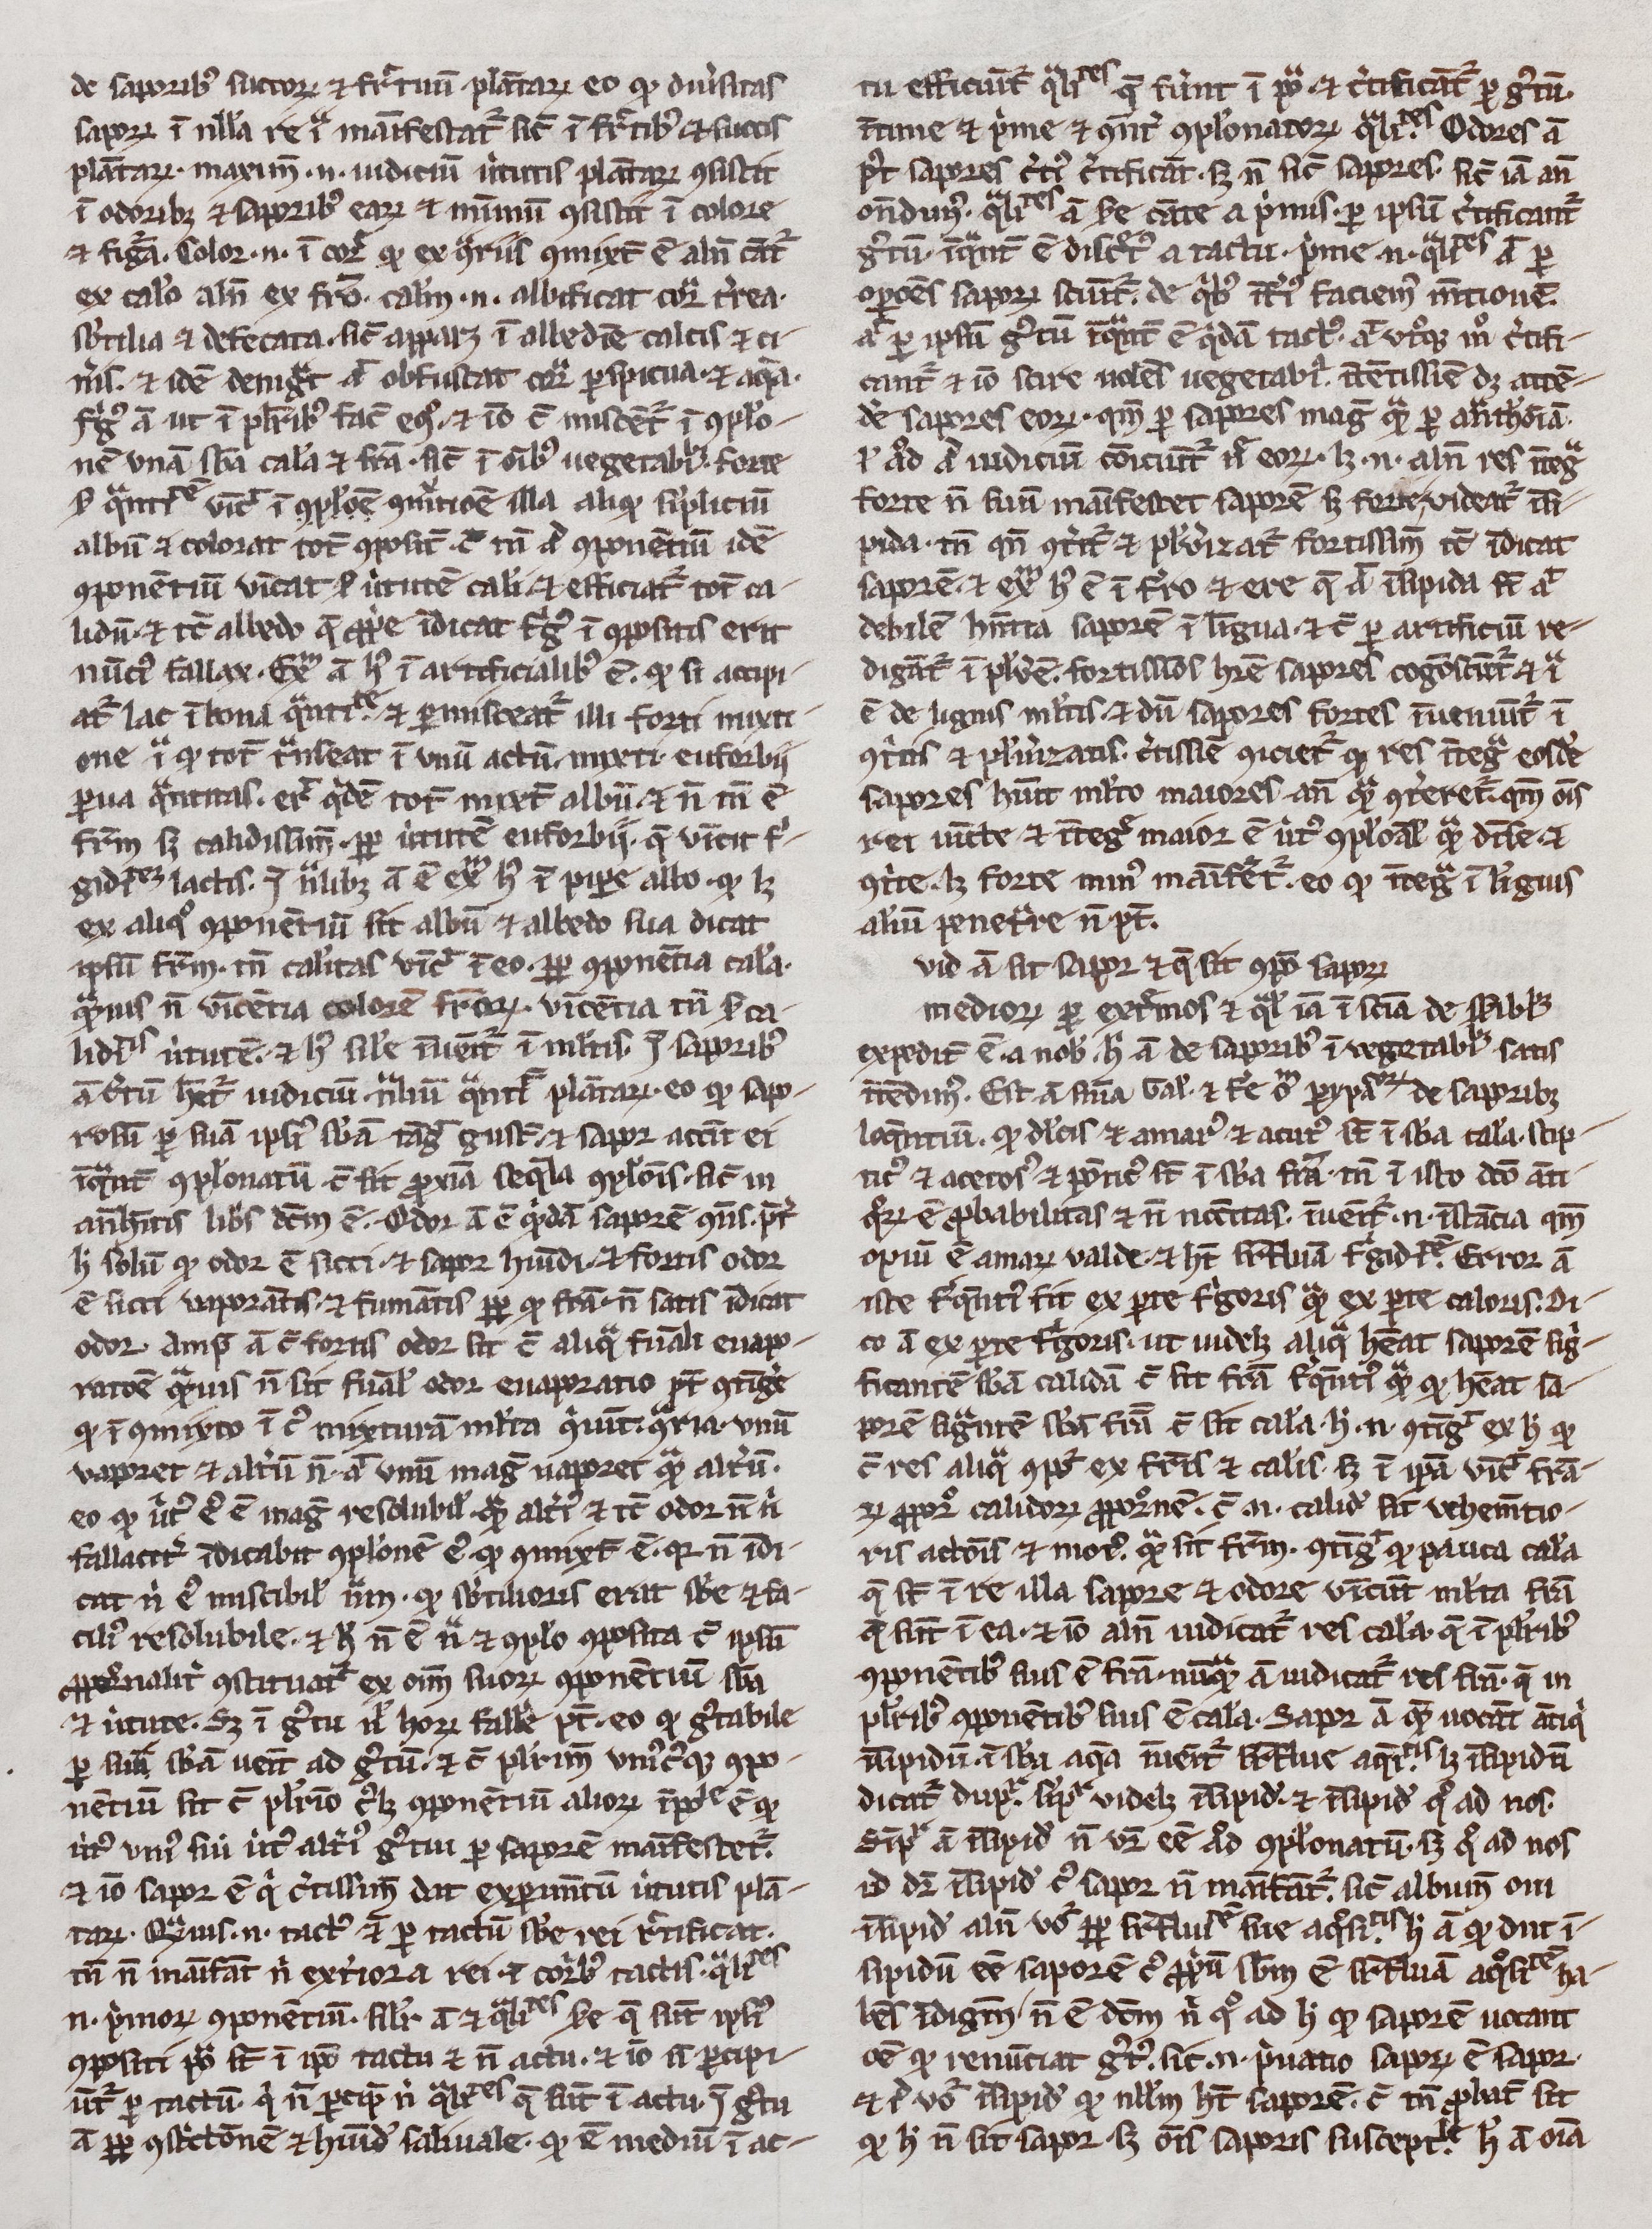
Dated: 1300–1399